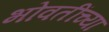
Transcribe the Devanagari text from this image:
भोवतींच्या